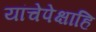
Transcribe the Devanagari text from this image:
यांचेपेक्षाहि